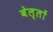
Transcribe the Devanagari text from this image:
बेल्लों